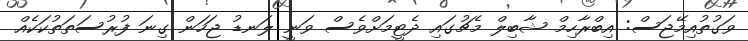
ވަގުތުއިމޭޖަސް: އިބްރާހިމް ޝާބިލް މެޗުގައި ދެޓީމަށްވެސް ވަނީ ލަނޑު ޖަހަން ގިނަ ފުރުސަތަތުކަކެއް